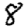
Digit: 8